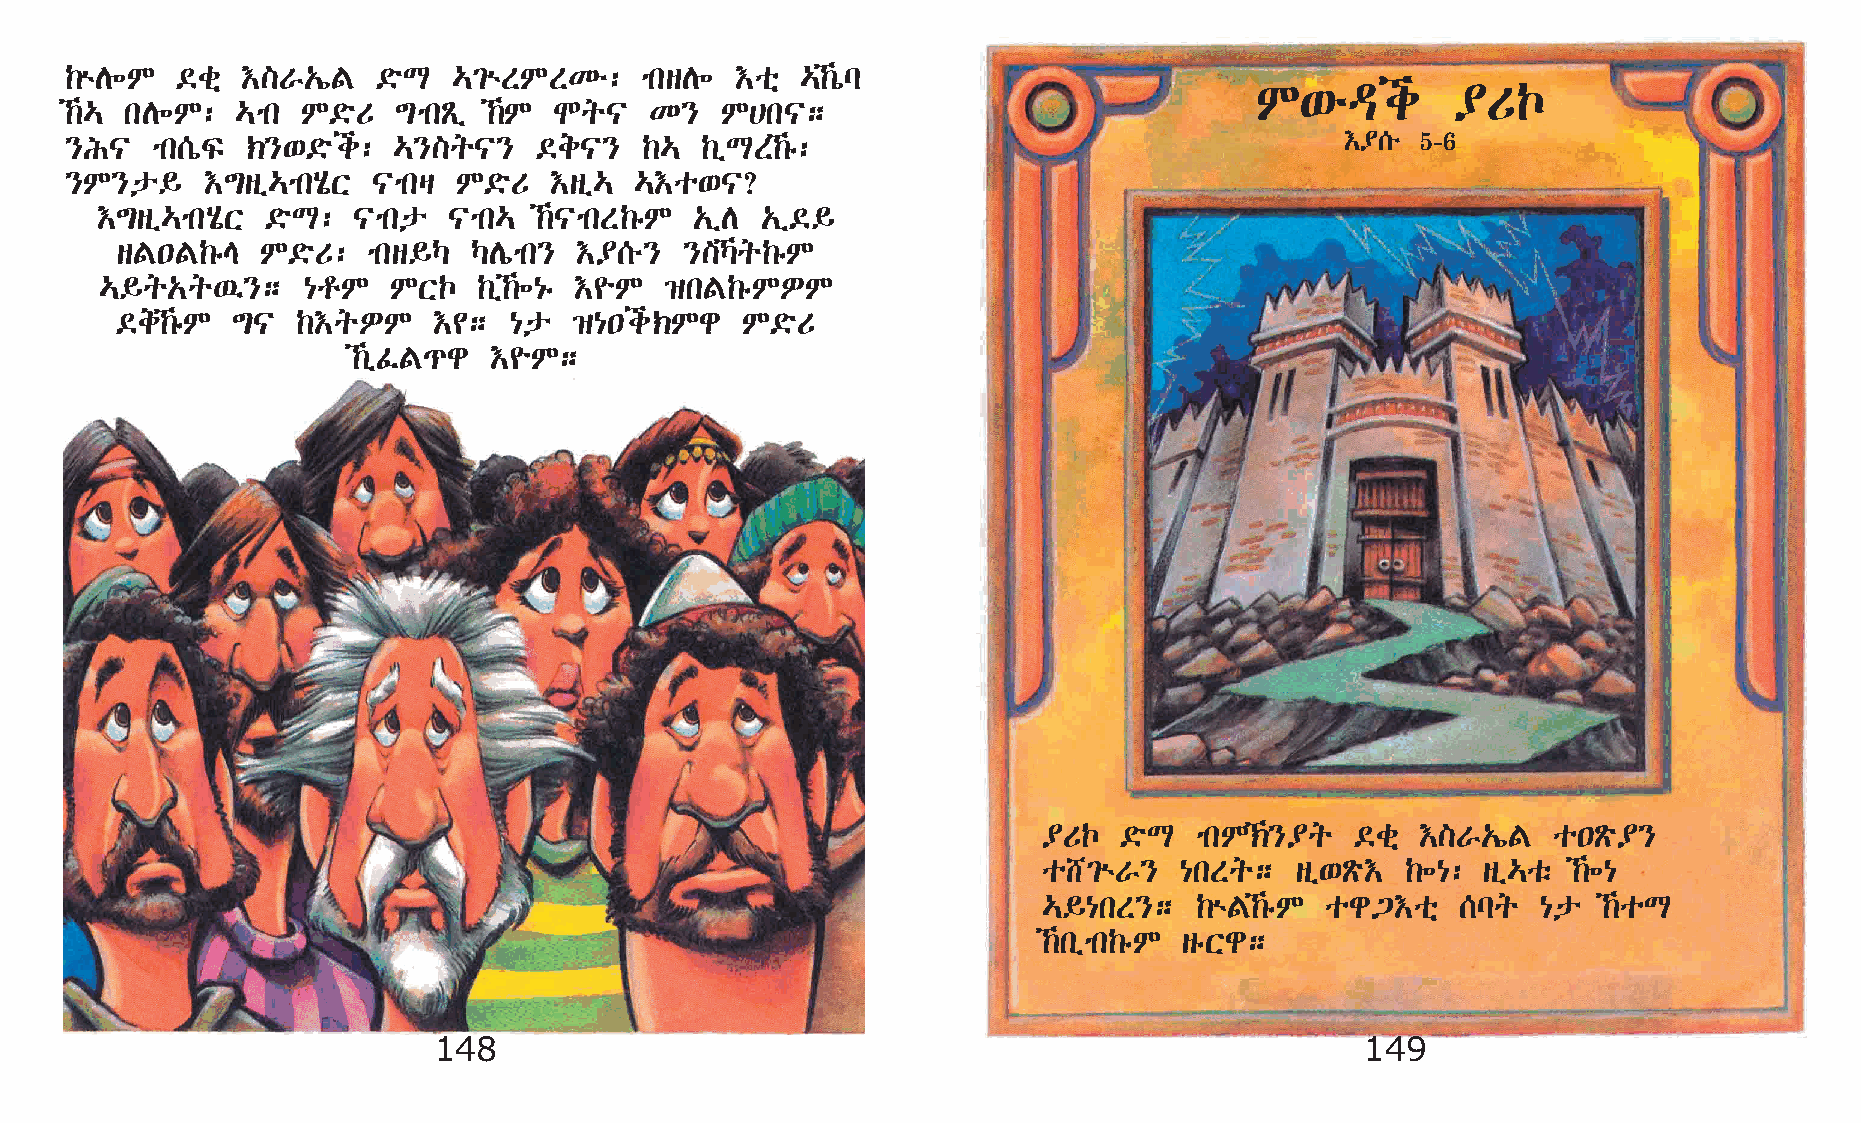
‰ùD÷M   ©cñ †]V„íF   ©öL  …²ùSMSKé:   mksD÷  †oñ …‰òl
 M‘éªi        ¥UŒ
 ‰… kD÷M:   …mk M©öU  ´mkÃï ‰M  Nq|   K}   M@k|;
 }I|   mk[òÏ ‹}‘©öi:   …}]q|}    ©e|}  ‰…  ‰ïLS‰ê:                                   †¥[é 5-6
 }M}p§    †´sï…mkAôX  |mkš M©öU  †sï…  …†o‘|?
 †´sï…mkAôX  ©öL: |mkp   |mk… ‰|mkS‰êM  „ïD „ï©§
 sF•F‰êE  M©öU:  mks§Š  ŠDímk} †¥[é}  }]Šq‰êM
 …§q„q’};     {rM   MXŒ   ‰ï‰÷{ê †¨M ›kF‰êMÈM
 ©e‰êM ´|   ‰†qÈM    †¢;  {p  ›{•i‹Mg    M©öU
 ‰ïÊF¹g  †¨M;
 ¥UŒ  ©öL  mkM‹}¥q   ©cñ †]V„íF   o•Ãö¥}
 o_²ùV}   {kSq;   sï‘Ãö† ‰÷{: sï…oë ‰÷{
 …§{kS};   ‰ùF‰êM  og³†oñ   [lq  {p  ‰oL
 ‰kïmk‰êM sêXg;
 148                                                          149